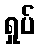
ရှုပ်